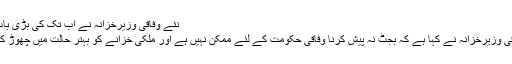
نئے وفاقی وزیرخزانہ نے اب تک کی بڑی بات تسلیم کرلی
اسلام آباد:وفاقی وزیرخزانہ نے کہا ہے کہ بجٹ نہ پیش کرنا وفاقی حکومت کے لئے ممکن نہیں ہے اور ملکی خزانے کو بہتر حالت میں چھوڑ کر جائیں گے۔